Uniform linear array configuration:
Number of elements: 48
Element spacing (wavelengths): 0.5
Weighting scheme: binomial
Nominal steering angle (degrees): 60
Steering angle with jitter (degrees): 58.21
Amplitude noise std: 0.05
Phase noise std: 0.05

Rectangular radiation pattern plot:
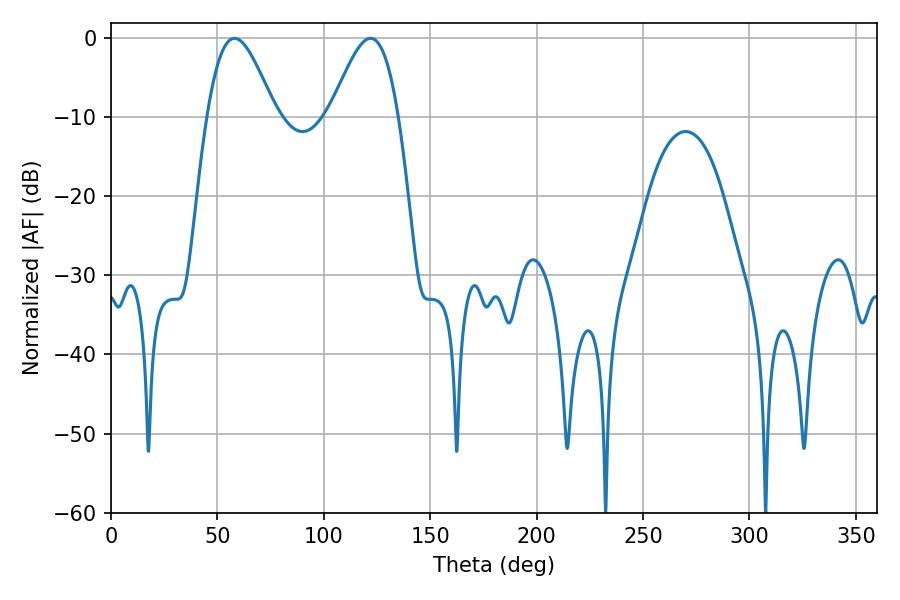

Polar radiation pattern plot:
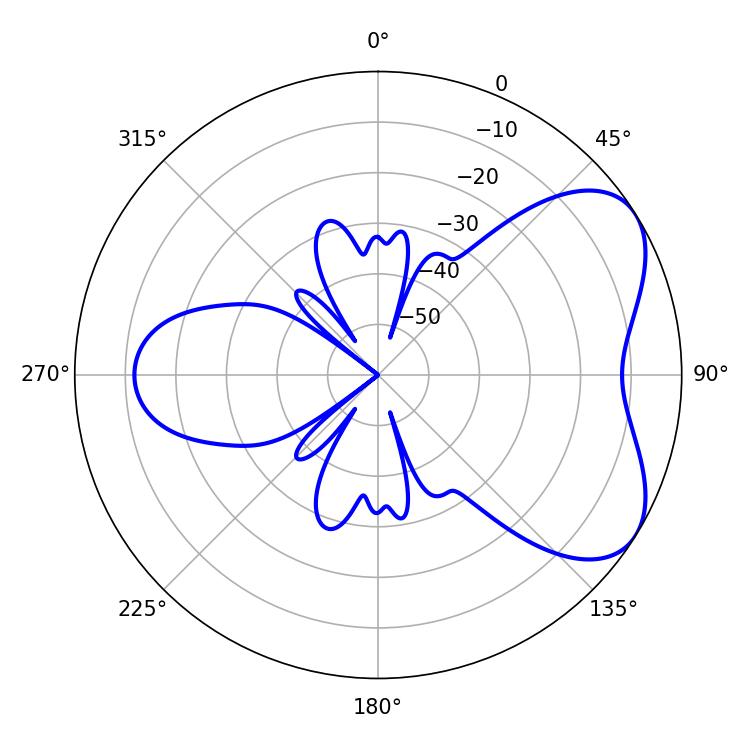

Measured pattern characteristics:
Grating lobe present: FALSE
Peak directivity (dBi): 5.52
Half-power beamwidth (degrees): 16.92
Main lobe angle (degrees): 57.96